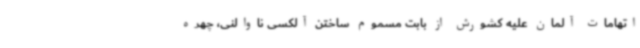
اتهامات آلمان علیه کشورش از بابت مسموم ساختن آلکسی ناوالنی، چهره